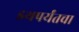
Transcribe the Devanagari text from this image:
इथपर्यंतचा